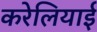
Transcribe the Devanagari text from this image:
करेलियाई